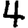
Digit: 4